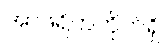
အာဖရိကတိုက်ရှိ